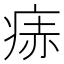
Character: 𬏭